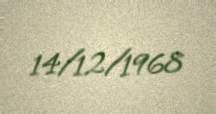
14/12/1968